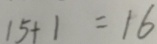
1 5 + 1 = 1 6